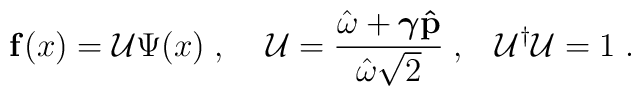
{\bf  f}(x) = {\cal U}\Psi (x)\; ,\;\;\;\;{\cal U}=\frac{\hat{\omega}+\mbox{\boldmath $\gamma $}{\bf\hat p}}{\hat{\omega}\sqrt{2}}\; ,\;\;\;{\cal U}^{\dag}{\cal U}=1\;.